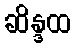
ဆိန္ဒထ